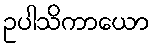
ဥပါသိကာယော